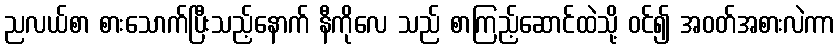
ညလယ်စာ စားသောက်ပြီးသည့်နောက် နီကိုလေ သည် စာကြည့်ဆောင်ထဲသို့ ဝင်၍ အဝတ်အစားလဲကာ